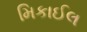
મિકાઈલ